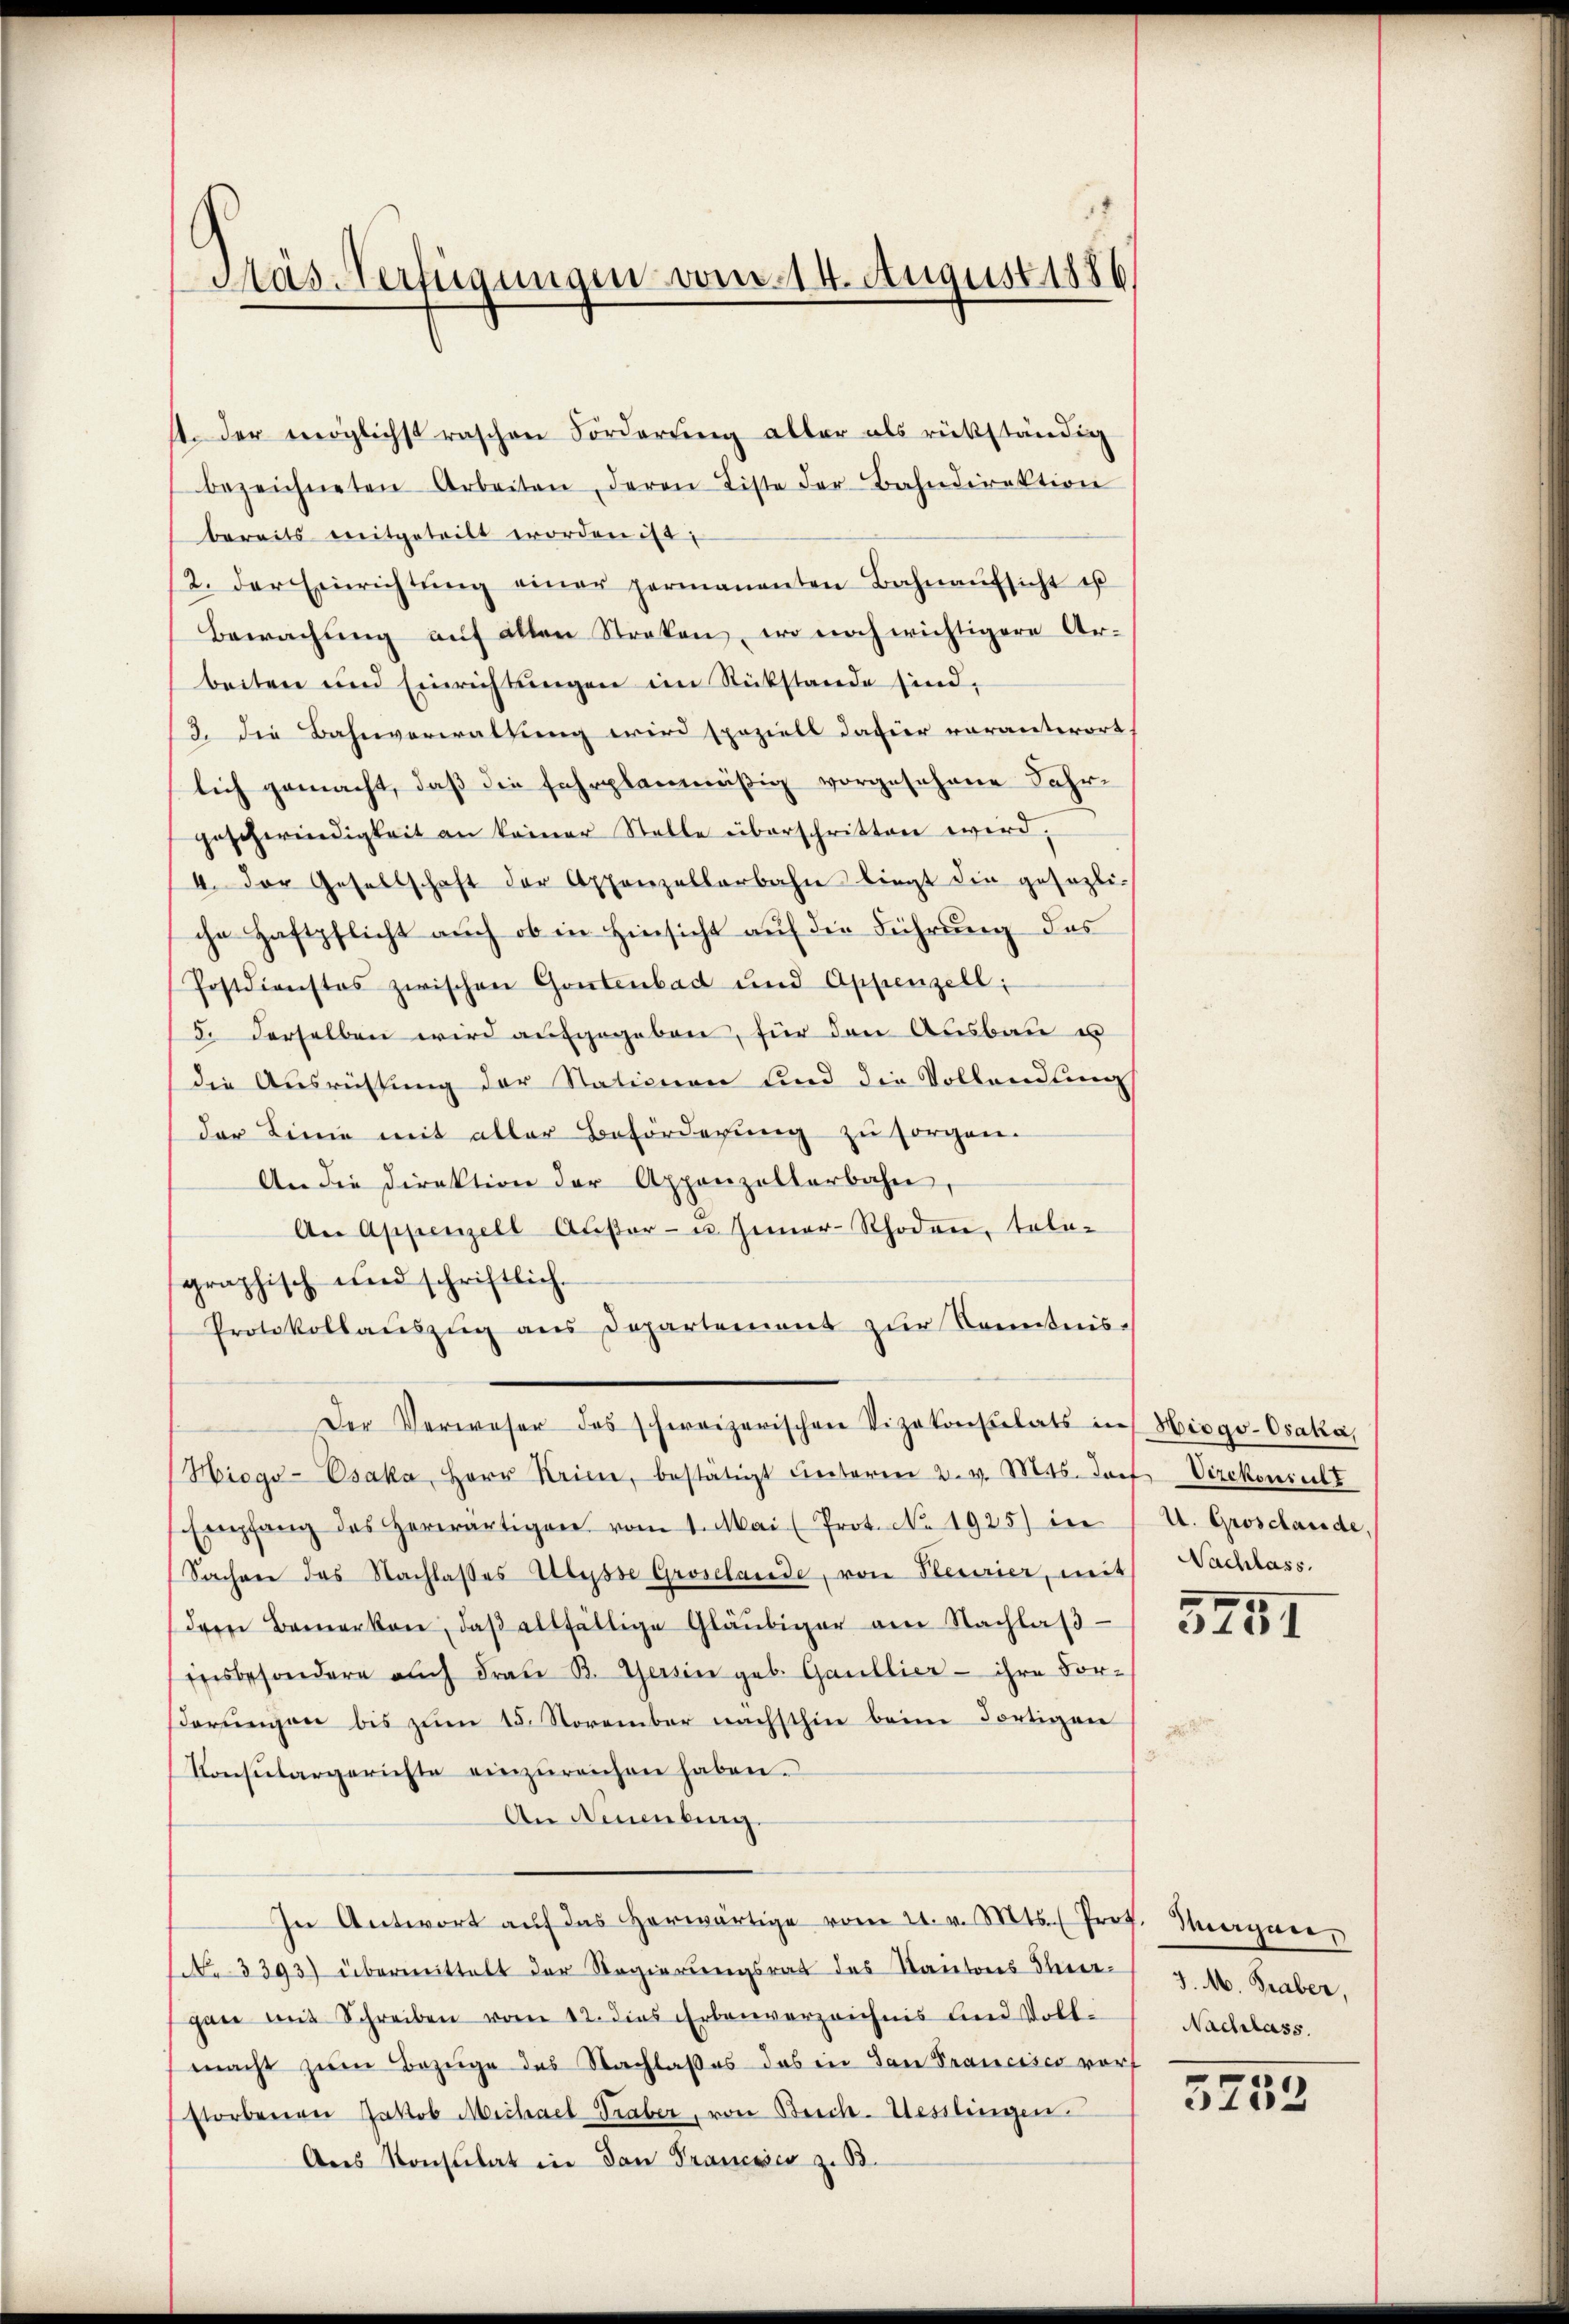
Mas Verfügungen vom 14. August 1886

1. der möglichst raschen Forderung aller als rükständig
bezeichneten Arbeiten, deren Liste der Bahndirektion
bereits mitgeteilt worden ist;
2. der Einrichtŭng einer permanenten Bahnaŭfsicht es
Bewachung auf allen Streken, wo noch wichtigere Arbeiten und Einrichtungen im Rückstande sind,
/3. die Bahnverwaltung wird speziell datier vorantwort,
lich gemacht, daß die fahrplanmäßig vorgesehene Fahrgeschwindigkeit an keiner Stelle überschritten wird,
4. Der Gesellschaft der Appenzellarbahn liegt die gesezli-
che Haftpflicht auch ob in Hinsicht auf die Führung des
Postdienstes zwischen Gontenbad und Appenzell:
5. Derselben wird aufgegeben, für den Ausbau u
die Ausrichtung der Stationen und die Vollendung
der Linie mit aller Beförderung zu sorgen.
An die Direktion der Appenzellerbahn,
An Appenzell Aŭβer- u. Gener-Rhoden, tele-
graphisch und schriftlich.
Protokollaŭszŭg ans Departement zŭr Kenntnis-
Der Verweser des schweizerischen Vizekonsulats in Hiogo-Osaka,
Hiogo-Esaka, Herr Krien, bestätigt unterm 2. v. Mts. Dorf Vizekonsult
Empfang des herwärtigen vom 1. Mai (Prot. No. 1925) in
(Sachen das Nachlasses Ulysse Groselande, von Plesirier, mit Nachlass.
dere Bemerken, daβ allfällige Gläubiger am Nachlaβ
insbesondere auch Frau B. Gersin geb. Gaullier - ihre For-
Dorliegen bis zum 15. November nächsthin beim Fortigen
Konsŭlargerichte einzŭreichen haben.
An Neuenburg.
In Antwort aŭf das herwärtige vom 21. v. Mts. Prof. Morgen,
No. 3393) übermittelt der Regierungsrat des Kantons Thier J. M. Graber,
gane mit Schreiben vom 12. dies Erbenverzeichnis und Vollmacht zŭm Bezüge des Nachlaßes das in San Prancisco vorf
storbenen Jakob Michael Traber, von Beich-Hesslingen.
Ans Konsulat in dan Francisco z. B.

U. Grosclande

3251

Nachlass.

.
1
1